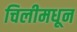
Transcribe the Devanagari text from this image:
चिलीमधून